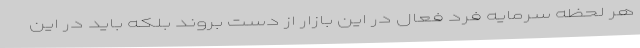
هر لحظه سرمایه فرد فعال در این بازار از دست بروند بلکه باید در این